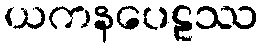
ယကနပေဠဿ